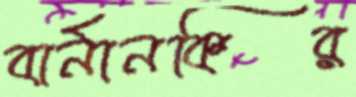
বার্নানকির